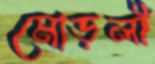
মোড়লী